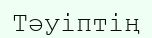
Тәуіптің